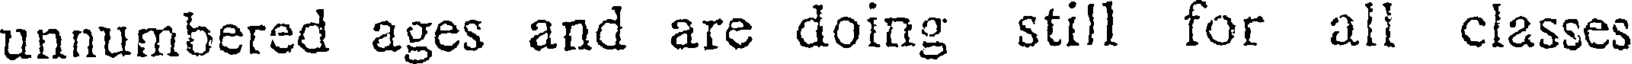
unnumbered ages and are doing still for all classes